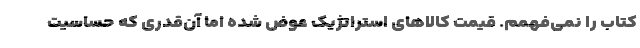
کتاب را نمی‌فهمم. قیمت کالاهای استراتژیک عوض شده اما آن‌قدری که حساسیت